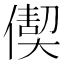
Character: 𠎇